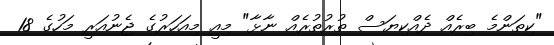
"ކިތަންމެ ބިރެއް ދެއްކިޔަސް ތުރުތުރެއް ނާޅާ" މިއީ މިއަހަރުގެ ޖެނުއަރީ މަހުގެ 18